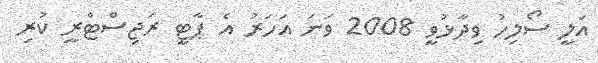
އަލީ ސޯލިހު ވިދާޅުވީ 2008 ވަނަ އަހަރު އެ ޕާޓީ ރަޖިސްޓްރީ ކުރި